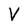
Character: V